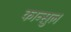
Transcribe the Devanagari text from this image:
कान्सुल